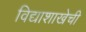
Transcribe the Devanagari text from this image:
विद्याशाखेची